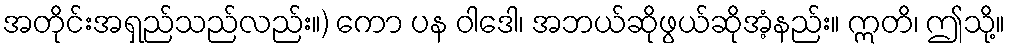
အတိုင်းအရှည်သည်လည်း။) ကော ပန ဝါဒေါ၊ အဘယ်ဆိုဖွယ်ဆိုအံ့နည်း။ ဣတိ၊ ဤသို့။